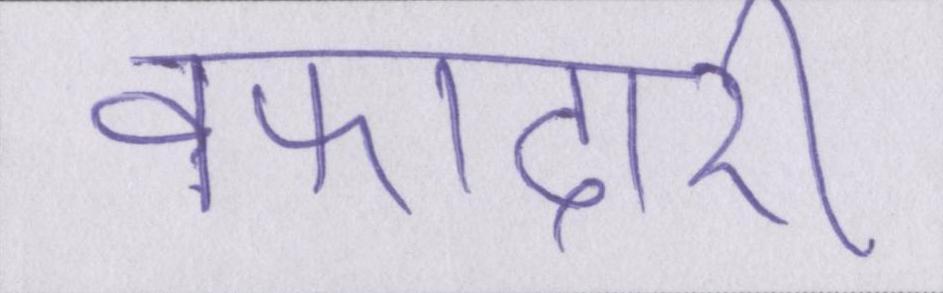
वफादारी